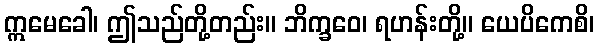
ဣမေခေါ၊ ဤသည်တို့တည်း။ ဘိက္ခဝေ၊ ရဟန်းတို့။ ယေပိကေစိ၊